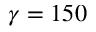
\gamma = 1 5 0